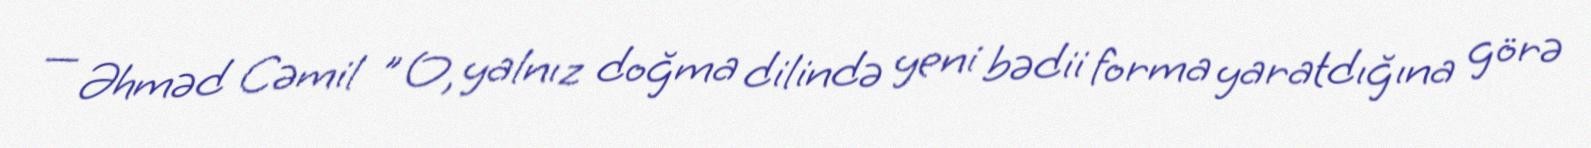
— Əhməd Cəmil " O, yalnız doğma dilində yeni bədii forma yaratdığına görə